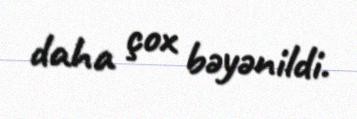
daha çox bəyənildi.